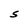
Character: S